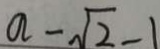
a - \sqrt { 2 } - 1